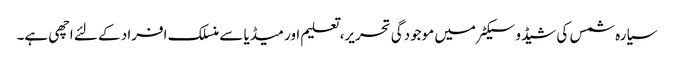
سیارہ شمس کی شیڈو سیکٹر میں موجودگی تحریر، تعلیم اور میڈیا سے منسلک افراد کے لئے اچھی ہے۔